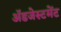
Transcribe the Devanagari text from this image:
ॲडजेस्टमेंट